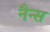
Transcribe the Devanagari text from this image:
नैन्स